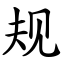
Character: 规